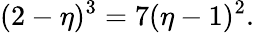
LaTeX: (2-\eta)^{3}=7(\eta-1)^{2}.